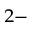
^ { 2 - }